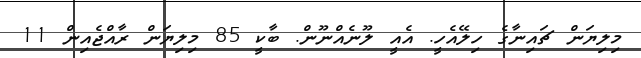
މިލިޔަން ޗައިނާގެ ހިލޭއެހީ. އެއީ ލޫނެއްނޫން. ބާކީ 85 މިލިޔަން ރާއްޖެއިން 11